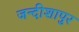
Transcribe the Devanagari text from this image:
जन्दीशापुर